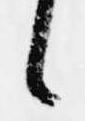
候